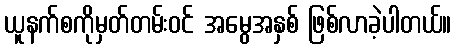
ယူနက်စကိုမှတ်တမ်းဝင် အမွေအနှစ် ဖြစ်လာခဲ့ပါတယ်။